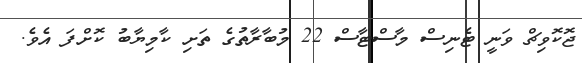
ޖޮކޮވިޗް ވަނީ ޓެނިސް މާސްޓާސް 22 މުބާރާތުގެ ތަށި ކާމިޔާބު ކޮށްފަ އެވެ.